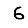
Digit: 6